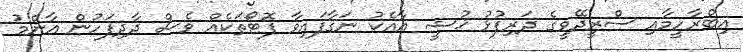
އިބްރާހީމާއި ސްރީދޭވީގެ ދަރިފުޅު ޚުޝީ އާއެކު ނަގާފައިވާ ފޮޓޯތަކެއް ވެސް ދާދިފަހުން އާންމު